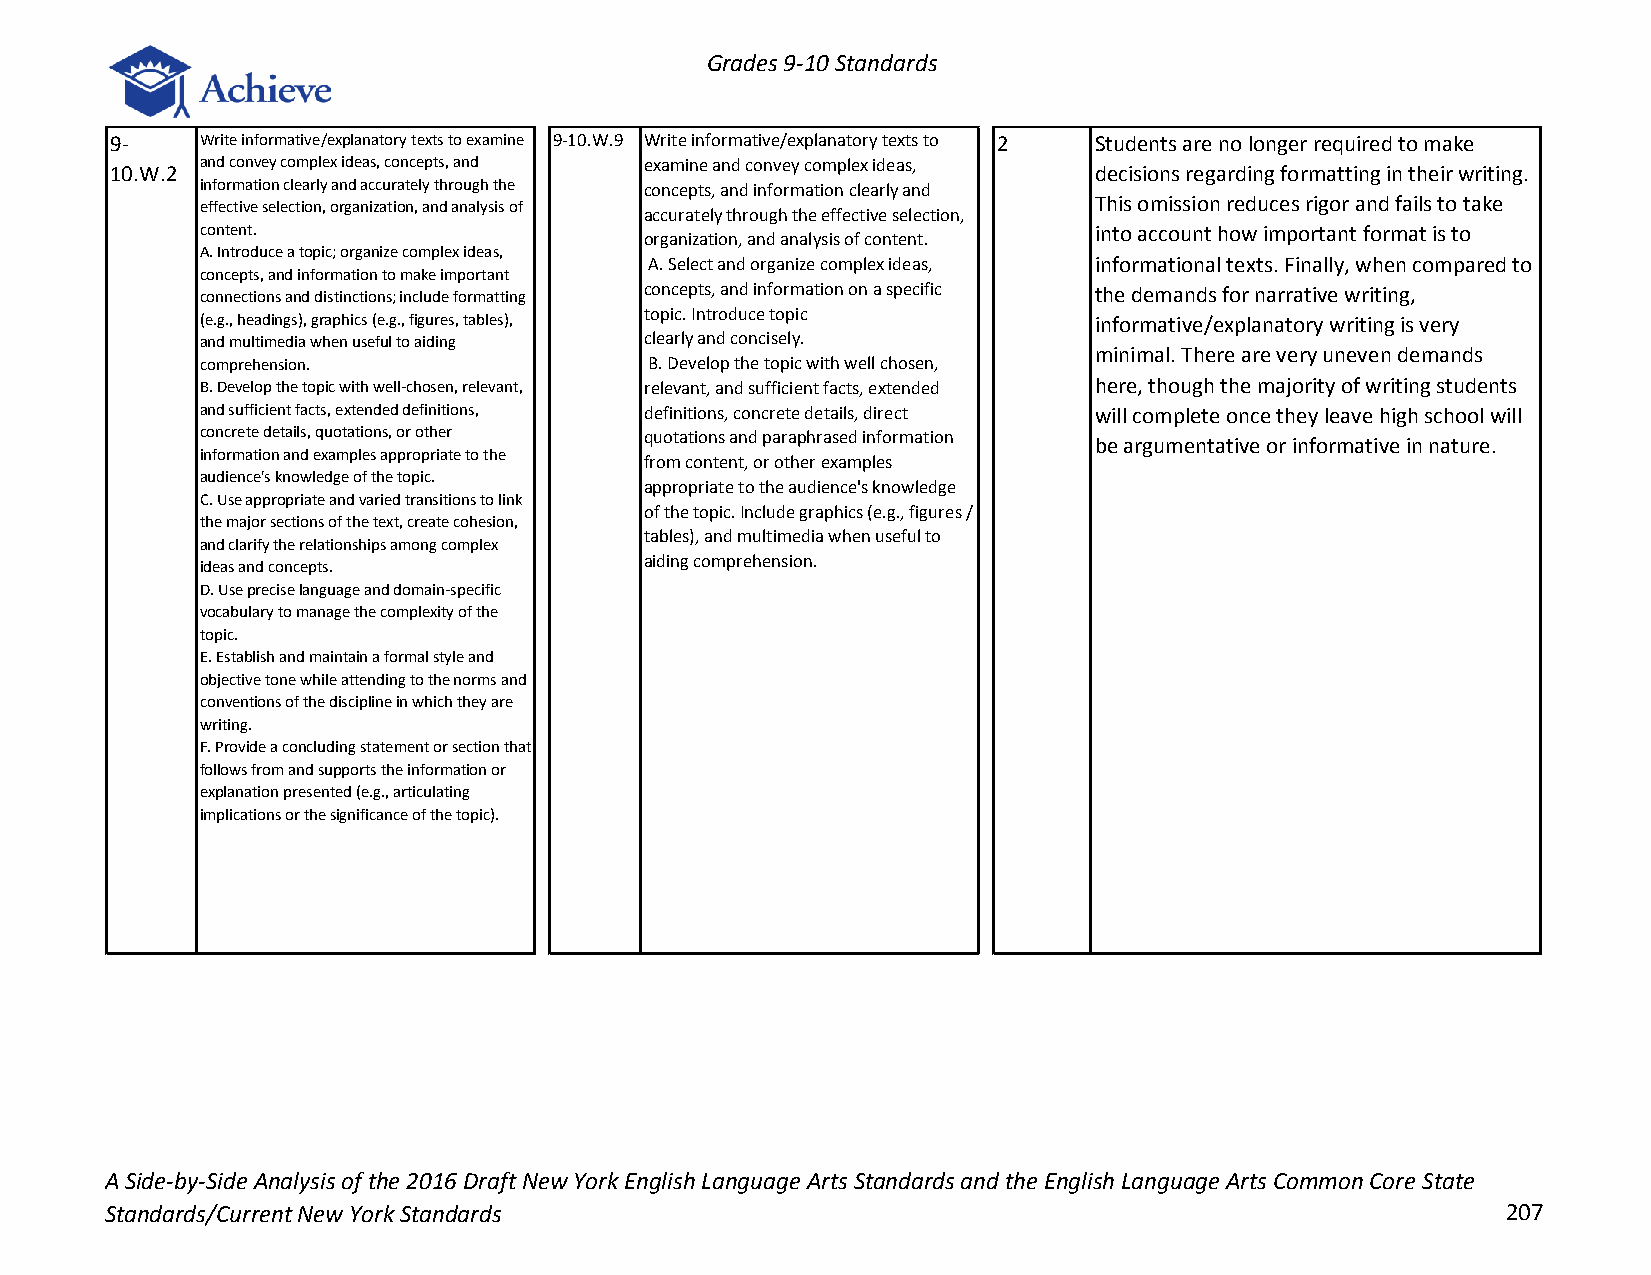
Grades 9-10 Standards
 9-    Write informative/explanatory texts to examine 9-10.W.9 Write informative/explanatory texts to 2 Students are no longer required to make
 and convey complex ideas, concepts, and examine and convey complex ideas,
 10.W.2                                                           decisions regarding formatting in their writing.
 information clearly and accurately through the concepts, and information clearly and
 effective selection, organization, and analysis of         This omission reduces rigor and fails to take
 accurately through the effective selection,
 content.                                                   into account how important format is to
 organization, and analysis of content.
 A. Introduce a topic; organize complex ideas,
 A. Select and organize complex ideas, informational texts. Finally, when compared to
 concepts, and information to make important
 connections and distinctions; include formatting concepts, and information on a specific the demands for narrative writing,
 topic. Introduce topic
 (e.g., headings), graphics (e.g., figures, tables),        informative/explanatory writing is very
 and multimedia when useful to aiding clearly and concisely.
 minimal. There are very uneven demands
 comprehension.                B. Develop the topic with well chosen,
 B. Develop the topic with well-chosen, relevant, relevant, and sufficient facts, extended here, though the majority of writing students
 and sufficient facts, extended definitions, definitions, concrete details, direct will complete once they leave high school will
 concrete details, quotations, or other quotations and paraphrased information
 be argumentative or informative in nature.
 information and examples appropriate to the
 from content, or other examples
 audience's knowledge of the topic.
 appropriate to the audience's knowledge
 C. Use appropriate and varied transitions to link
 of the topic. Include graphics (e.g., figures /
 the major sections of the text, create cohesion,
 tables), and multimedia when useful to
 and clarify the relationships among complex
 aiding comprehension.
 ideas and concepts.
 D. Use precise language and domain-specific
 vocabulary to manage the complexity of the
 topic.
 E. Establish and maintain a formal style and
 objective tone while attending to the norms and
 conventions of the discipline in which they are
 writing.
 F. Provide a concluding statement or section that
 follows from and supports the information or
 explanation presented (e.g., articulating
 implications or the significance of the topic).
 A Side-by-Side Analysis of the 2016 Draft New York English Language Arts Standards and the English Language Arts Common Core State
 Standards/Current New York Standards                                                         207